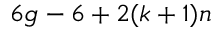
6 g - 6 + 2 ( k + 1 ) n